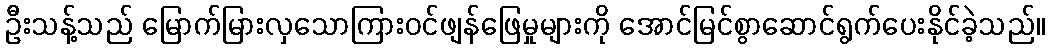
ဦးသန့်သည် မြောက်မြားလှသောကြားဝင်ဖျန်ဖြေမှုများကို အောင်မြင်စွာဆောင်ရွက်ပေးနိုင်ခဲ့သည်။